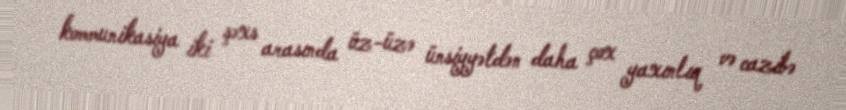
kommunikasiya iki şəxs arasında üz-üzə ünsiyyətdən daha çox yaxınlıq və cazibə